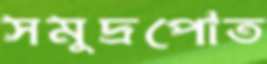
সমুদ্রপোত